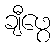
ချီဖွေ